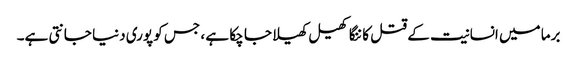
برما میں انسانیت کے قتل کا ننگا کھیل کھیلا جا چکا ہے ، جس کو پوری دنیا جانتی ہے۔